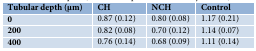
<table><thead><tr><td><b>Tubular depth (μm)</b></td><td><b>CH </b></td><td><b>NCH</b></td><td><b>Control</b></td></tr></thead><tbody><tr><td><b>0 </b></td><td>0.87 (0.12)</td><td>0.80 (0.08)</td><td>1.17 (0.21)</td></tr><tr><td><b>200</b></td><td>0.82 (0.08)</td><td>0.70 (0.12)</td><td>1.14 (0.07)</td></tr><tr><td><b>400 </b></td><td>0.76 (0.14) </td><td>0.68 (0.09)</td><td>1.11 (0.14)</td></tr></tbody></table>